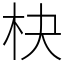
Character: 㭈